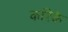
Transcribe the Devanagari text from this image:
करिकॆ